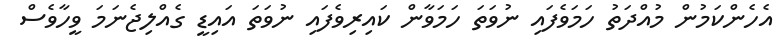
އެހެންކަމުން މުއްދަތު ހަމަވެފައި ނުވަތަ ހަމަވާން ކައިރިވެފައި ނުވަތަ އައިޑީ ގެެއްލިޖެނަމަ ވީހާވެސް